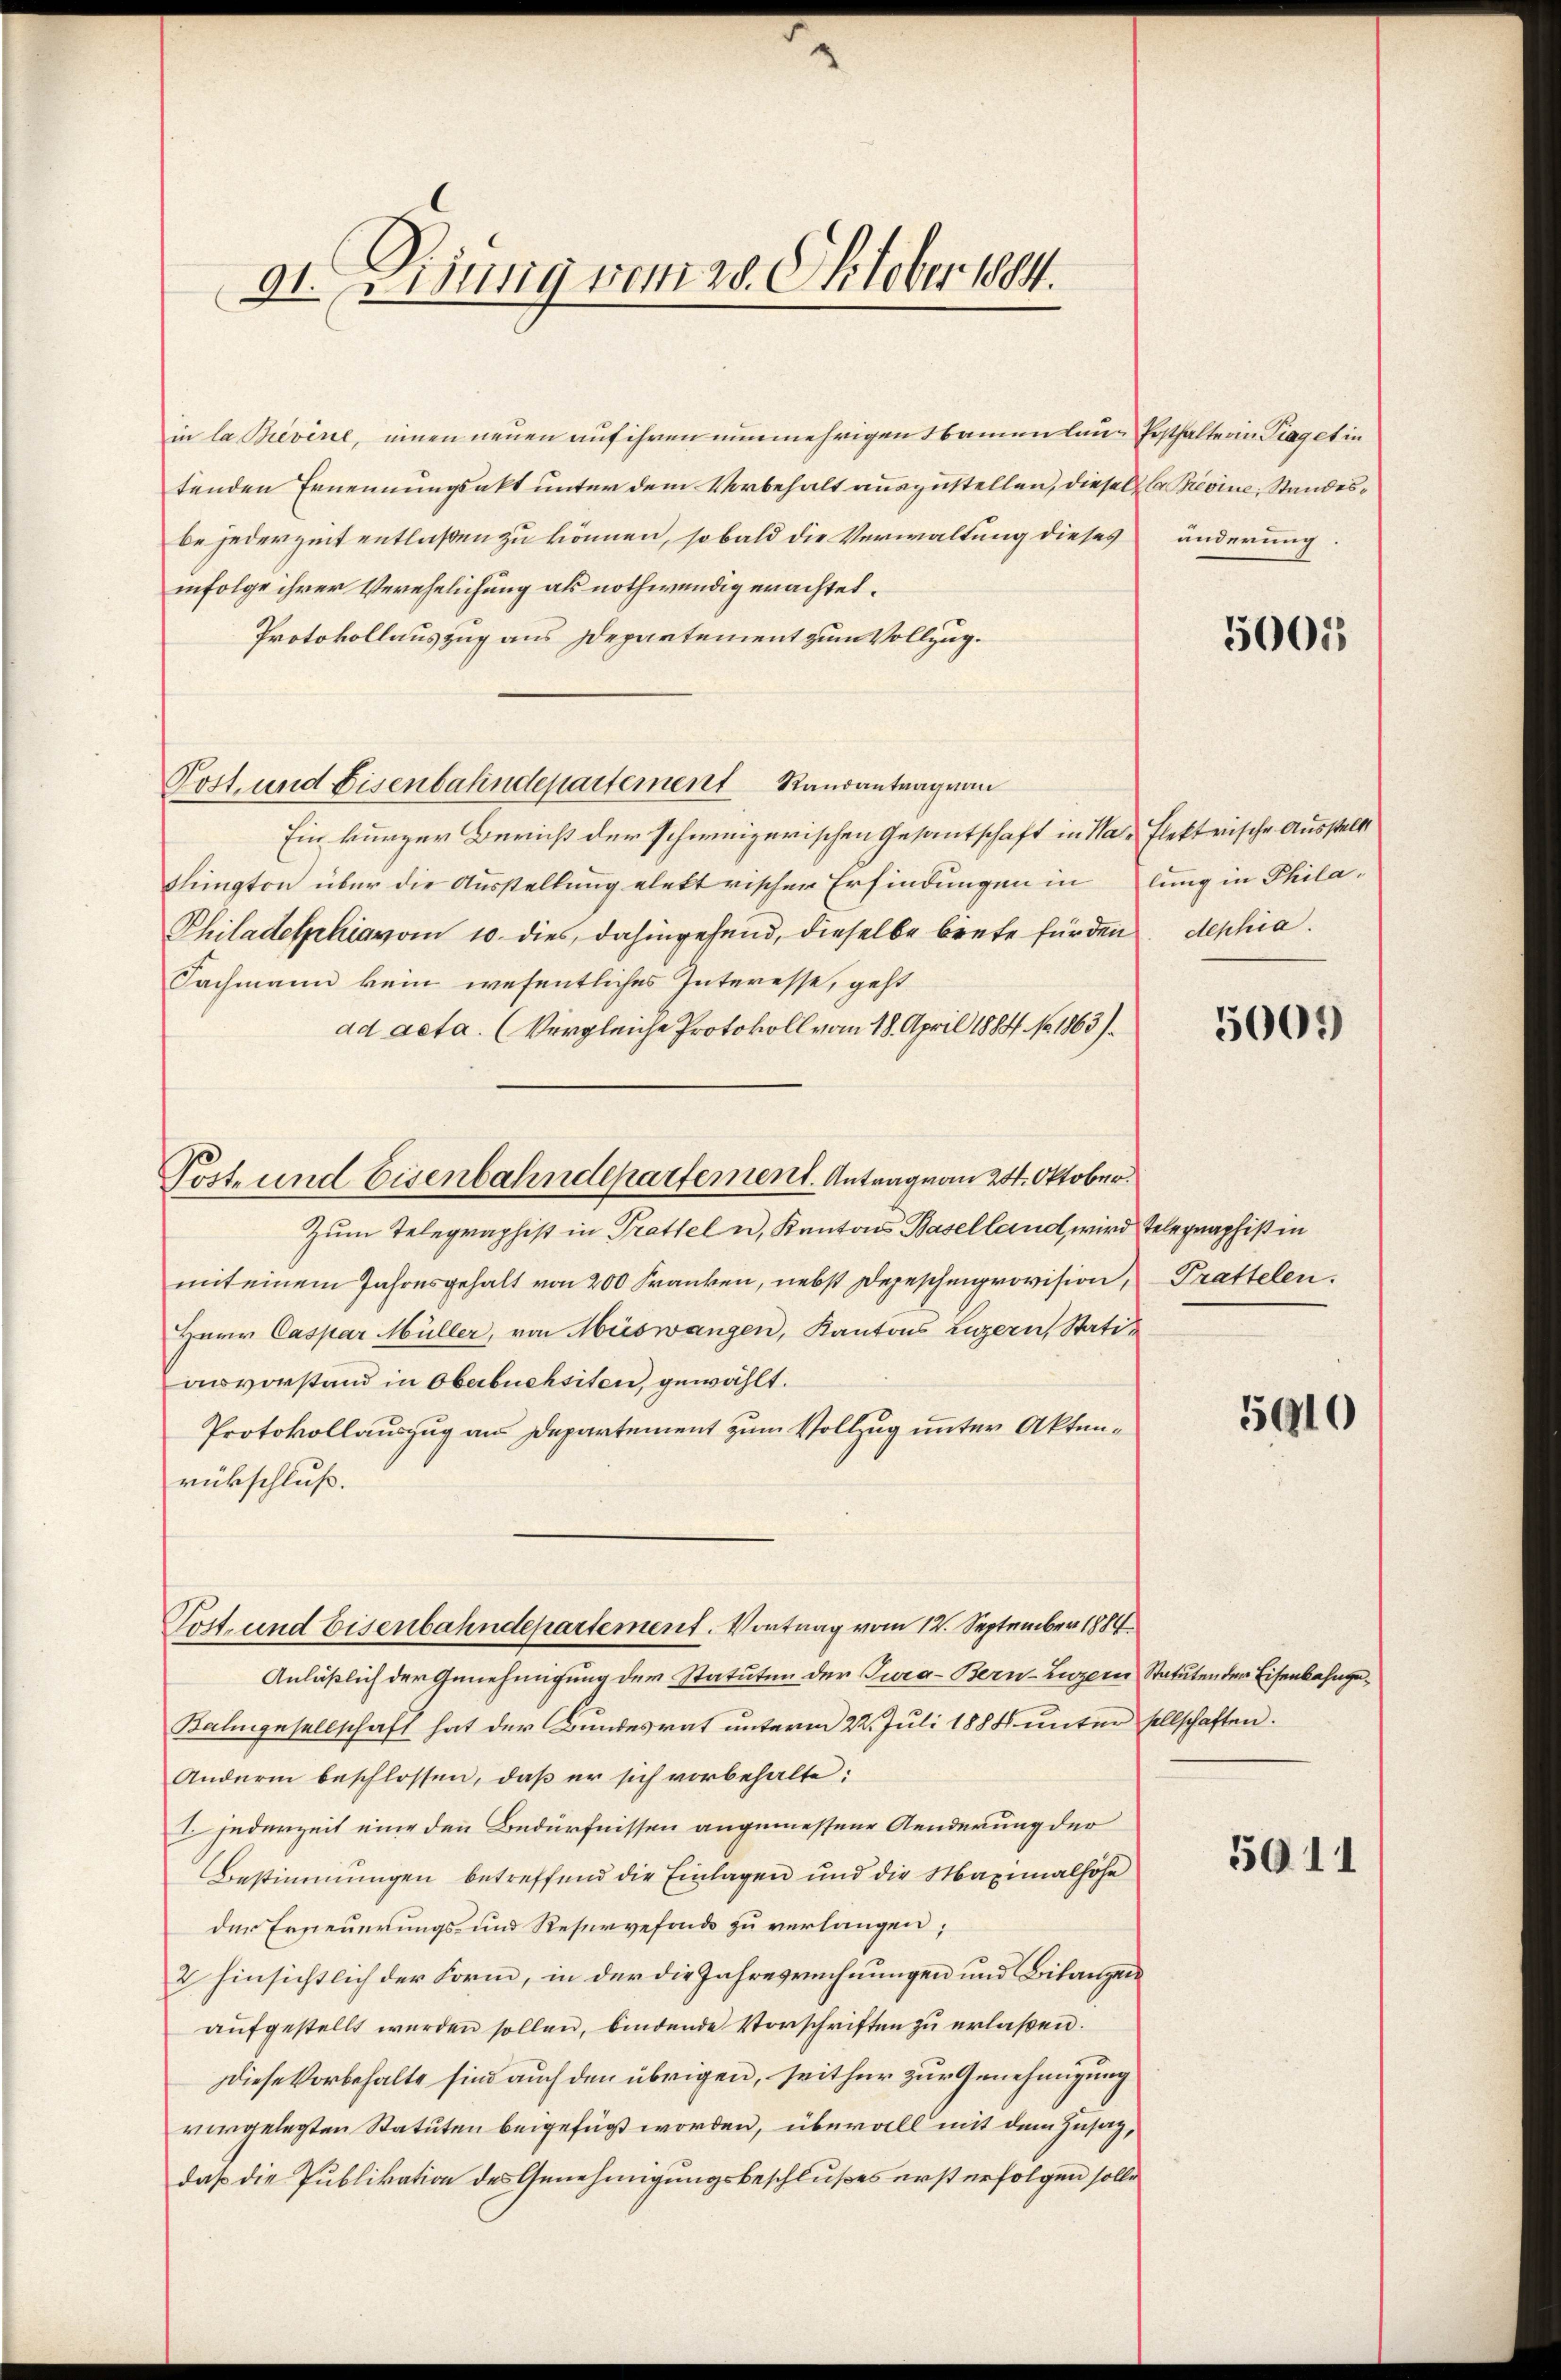
91. Disung vom 28. Oktober 1884.

in la Brevine, einen neuen auf ihren nunmehrigen Namen laue Ersthalterin Traget in
tenden Ernennungsakt unter dem Vorbehalt auszustellen, diesella Previne, Standesbe jederzeit entlaßen zu können, sobald die Verwaltung dieses änderung
infolge ihrer Verehelichung als nothwendig erachtet.
Protokollauszug aus Departement zum Vollzug.
Post. und Eisenbahndepartement Randantrag von
Ein kurzer Bericht der schweizerischen Gesantschaft in Nat. Flektrische Ausstellt
slington über die Ausstellung elektrischen Erfindungen in lung in Phila-
Philadelphiavom 10. dies, dahingefand, dieselbe biete fürden. Mephia
Fachmann kein wesentliches Interesse, geht
ad acta. (Vergleiche Protokoll vom 18. April 1884 No 1863).
Post- und Eisenbahndepartement. Antrag von 24. Oktober
Zum Telegraphist in Trattel u. Kantons Baselland, wird Telegraphist in
mit einem Jahresgehalt von 200 Franken, nebst Depeschenprovision, Trattelen.
Herr Caspar Müller, von Misswangen, Kantons Luzern, Statianvorstand in Oberbuchsiten, gewählt.
Protokollauszug aus Departement zum Vollzug unter Aktenrückschluß.

Post- und Eisenbahndepartement. Vortrag vom 12. September 1884

Anläßlich der Genehmigung der Statuten der Tura-Bern-Luzern Statuten der Eisenbahnge¬
Kaligesellschaft hat der Bundesrat unterm 22. Juli 1888 unter sellschaften.
Anderm beschlossen, daß er sich vorbehalte:
 jederzeit eine den Bedürfnissen angemessene Aenderung der
Bestimmungen betreffend die Einlagen und die Maximalhohe
der Erneuerungs- und Reservefonds zu verlangen;
2 hinsichtlich der Form, in der die Jahresrechnungen und Bilanzen
aŭfgestellt werden sollen, bindende Vorschriften zŭ erlaßen.
diese Vorbehalte sind auch den übrigen, seithur zur Genehmigung
vorgelegten Statuten beigefügt worden, überall mit dem Zusag,
daß die Publikation des Genehmigungsbeschlußes erst erfolgen solle

5001

5009

5910

5011